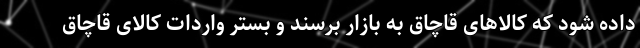
داده شود که کالاهای قاچاق به بازار برسند و بستر واردات کالای قاچاق